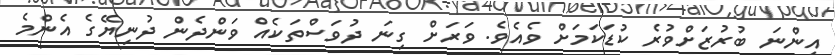
އިންނަ ބުރުޒަށްވުރެ ކުޑަކަމަށް ވެއެވެ. ވަރަށް ގިނަ ދުވަސްތަކެއް ވަންދެން ދުނިޔޭގެ އެންމެ